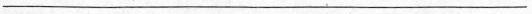
___